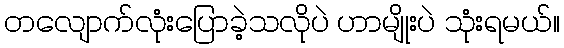
တလျောက်လုံးပြောခဲ့သလိုပဲ ဟာမျိုးပဲ သုံးရမယ်။